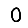
Digit: 0